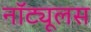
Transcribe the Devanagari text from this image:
नॉट्यूलस